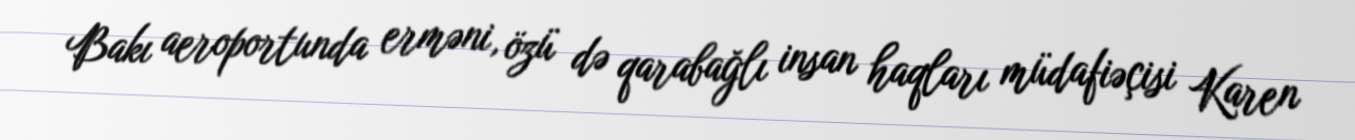
Bakı aeroportunda erməni, özü də qarabağlı insan haqları müdafiəçisi Karen